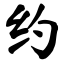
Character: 约